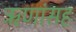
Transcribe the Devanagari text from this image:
ऋणांसह